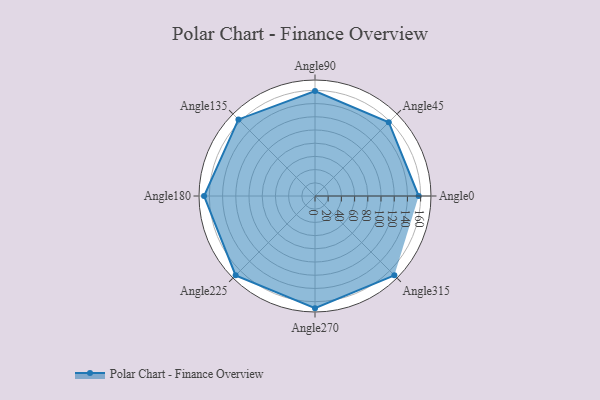
{"axis": {"x": "Angle", "y": "Radius"}, "legend": [""], "data": [{"x": "Angle0", "y": 157.0, "type": ""}, {"x": "Angle45", "y": 158.0, "type": ""}, {"x": "Angle90", "y": 159.0, "type": ""}, {"x": "Angle135", "y": 164.0, "type": ""}, {"x": "Angle180", "y": 168.0, "type": ""}, {"x": "Angle225", "y": 170, "type": ""}, {"x": "Angle270", "y": 170, "type": ""}, {"x": "Angle315", "y": 170, "type": ""}]}